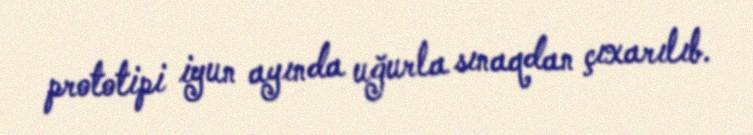
prototipi iyun ayında uğurla sınaqdan çıxarılıb.